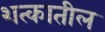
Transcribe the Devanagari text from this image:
शत्कातील